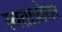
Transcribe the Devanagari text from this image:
स्वतात्रोत्तर